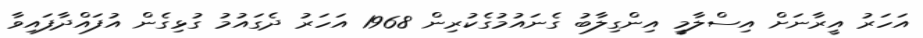
އަހަރު އީރާނަށް އިސްލާމީ އިންގިލާބު ގެނައުމުގެކުރިން 1968 އަހަރު ދެގައުމު ގުޅިގެން އުފައްދާފައިވާ